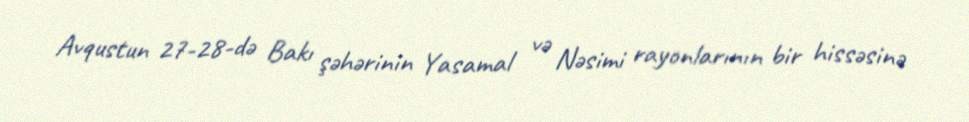
Avqustun 27-28-də Bakı şəhərinin Yasamal və Nəsimi rayonlarının bir hissəsinə